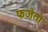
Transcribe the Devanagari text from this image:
फजेतो